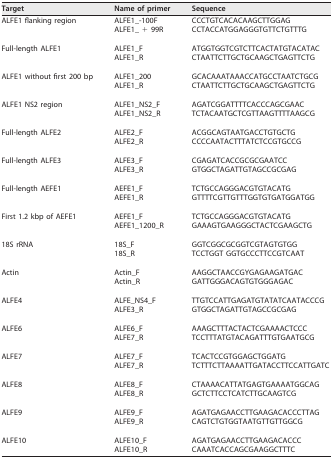
<table><thead><tr><td><b>Target</b></td><td><b>Name of primer</b></td><td><b>Sequence</b></td></tr></thead><tbody><tr><td>ALFE1 flanking region</td><td>ALFE1_-100F</td><td>CCCTGTCACACAAGCTTGGAG</td></tr><tr><td></td><td>ALFE1_ + 99R</td><td>CCTACCATGGAGGGTGTTCTGTTTG</td></tr><tr><td>Full-length ALFE1</td><td>ALFE1_F</td><td>ATGGTGGTCGTCTTCACTATGTACATAC</td></tr><tr><td></td><td>ALFE1_R</td><td>CTAATTCTTGCTGCAAGCTGAGTTCTG</td></tr><tr><td>ALFE1 without first 200 bp</td><td>ALFE1_200</td><td>GCACAAATAAACCATGCCTAATCTGCG</td></tr><tr><td></td><td>ALFE1_R</td><td>CTAATTCTTGCTGCAAGCTGAGTTCTG</td></tr><tr><td>ALFE1 NS2 region</td><td>ALFE1_NS2_F</td><td>AGATCGGATTTTCACCCAGCGAAC</td></tr><tr><td></td><td>ALFE1_NS2_R</td><td>TCTACAATGCTCGTTAAGTTTTAAGCG</td></tr><tr><td>Full-length ALFE2</td><td>ALFE2_F</td><td>ACGGCAGTAATGACCTGTGCTG</td></tr><tr><td></td><td>ALFE2_R</td><td>CCCCAATACTTTATCTCCGTGCCG</td></tr><tr><td>Full-length ALFE3</td><td>ALFE3_F</td><td>CGAGATCACCGCGCGAATCC</td></tr><tr><td></td><td>ALFE3_R</td><td>GTGGCTAGATTGTAGCCGCGAG</td></tr><tr><td>Full-length AEFE1</td><td>AEFE1_F</td><td>TCTGCCAGGGACGTGTACATG</td></tr><tr><td></td><td>AEFE1_R</td><td>GTTTTCGTTGTTTGGTGTGATGGATGG</td></tr><tr><td>First 1.2 kbp of AEFE1</td><td>AEFE1_F</td><td>TCTGCCAGGGACGTGTACATG</td></tr><tr><td></td><td>AEFE1_1200_R</td><td>GAAAGTGAAGGGCTACTCGAAGCTG</td></tr><tr><td>18S rRNA</td><td>18S_F</td><td>GGTCGGCGCGGTCGTAGTGTGG</td></tr><tr><td></td><td>18S_R</td><td>TCCTGGT GGTGCCCTTCCGTCAAT</td></tr><tr><td>Actin</td><td>Actin_F</td><td>AAGGCTAACCGYGAGAAGATGAC</td></tr><tr><td></td><td>Actin_R</td><td>GATTGGGACAGTGTGGGAGAC</td></tr><tr><td>ALFE4</td><td>ALFE_NS4_F</td><td>TTGTCCATTGAGATGTATATCAATACCCG</td></tr><tr><td></td><td>ALFE3_R</td><td>GTGGCTAGATTGTAGCCGCGAG</td></tr><tr><td>ALFE6</td><td>ALFE6_F</td><td>AAAGCTTTACTACTCGAAAACTCCC</td></tr><tr><td></td><td>ALFE7_R</td><td>TCCTTTATGTACAGATTTGTGAATGCG</td></tr><tr><td>ALFE7</td><td>ALFE7_F</td><td>TCACTCCGTGGAGCTGGATG</td></tr><tr><td></td><td>ALFE7_R</td><td>TCTTTCTTAAAATTGATACCTTCCATTGATC</td></tr><tr><td>ALFE8</td><td>ALFE8_F</td><td>CTAAAACATTATGAGTGAAAATGGCAG</td></tr><tr><td></td><td>ALFE8_R</td><td>GCTCTTCCTCATCTTGCAAGTCG</td></tr><tr><td>ALFE9</td><td>ALFE9_F</td><td>AGATGAGAACCTTGAAGACACCCTTAG</td></tr><tr><td></td><td>ALFE9_R</td><td>CAGTCTGTGGTAATGTTGTTGGCG</td></tr><tr><td>ALFE10</td><td>ALFE10_F</td><td>AGATGAGAACCTTGAAGACACCC</td></tr><tr><td></td><td>ALFE10_R</td><td>CAAATCACCAGCGAAGGCTTTC</td></tr></tbody></table>